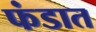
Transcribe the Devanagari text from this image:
फंडात